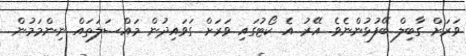
ވަރަށް ގާބިލް ބޭފުޅުންނެވެ. އޭރު އެ ކޯޓުގައި ވަރަށް ގަވައިދުން މައްސަލަތައް ނިންމަމުން